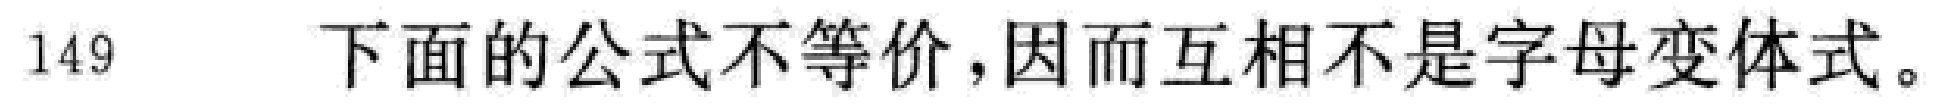
149 下面的公式不等价，因而互相不是字母变体式。